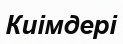
Киімдері